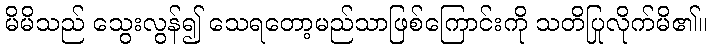
မိမိသည် သွေးလွန်၍ သေရတော့မည်သာဖြစ်ကြောင်းကို သတိပြုလိုက်မိ၏။